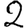
Digit: 2